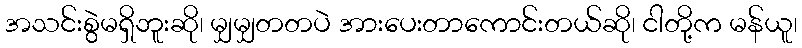
အသင်းစွဲမရှိဘူးဆို၊ မျှမျှတတပဲ အားပေးတာကောင်းတယ်ဆို၊ ငါတို့က မန်ယူ၊